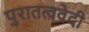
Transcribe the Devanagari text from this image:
पुरातत्ववेदी